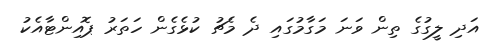
އަދި ލީގުގެ ތިން ވަނަ މަގާމުގައި ދެ މެޗު ކުޅެގެން ހަތަރު ޕޮއިންޓާއެކު